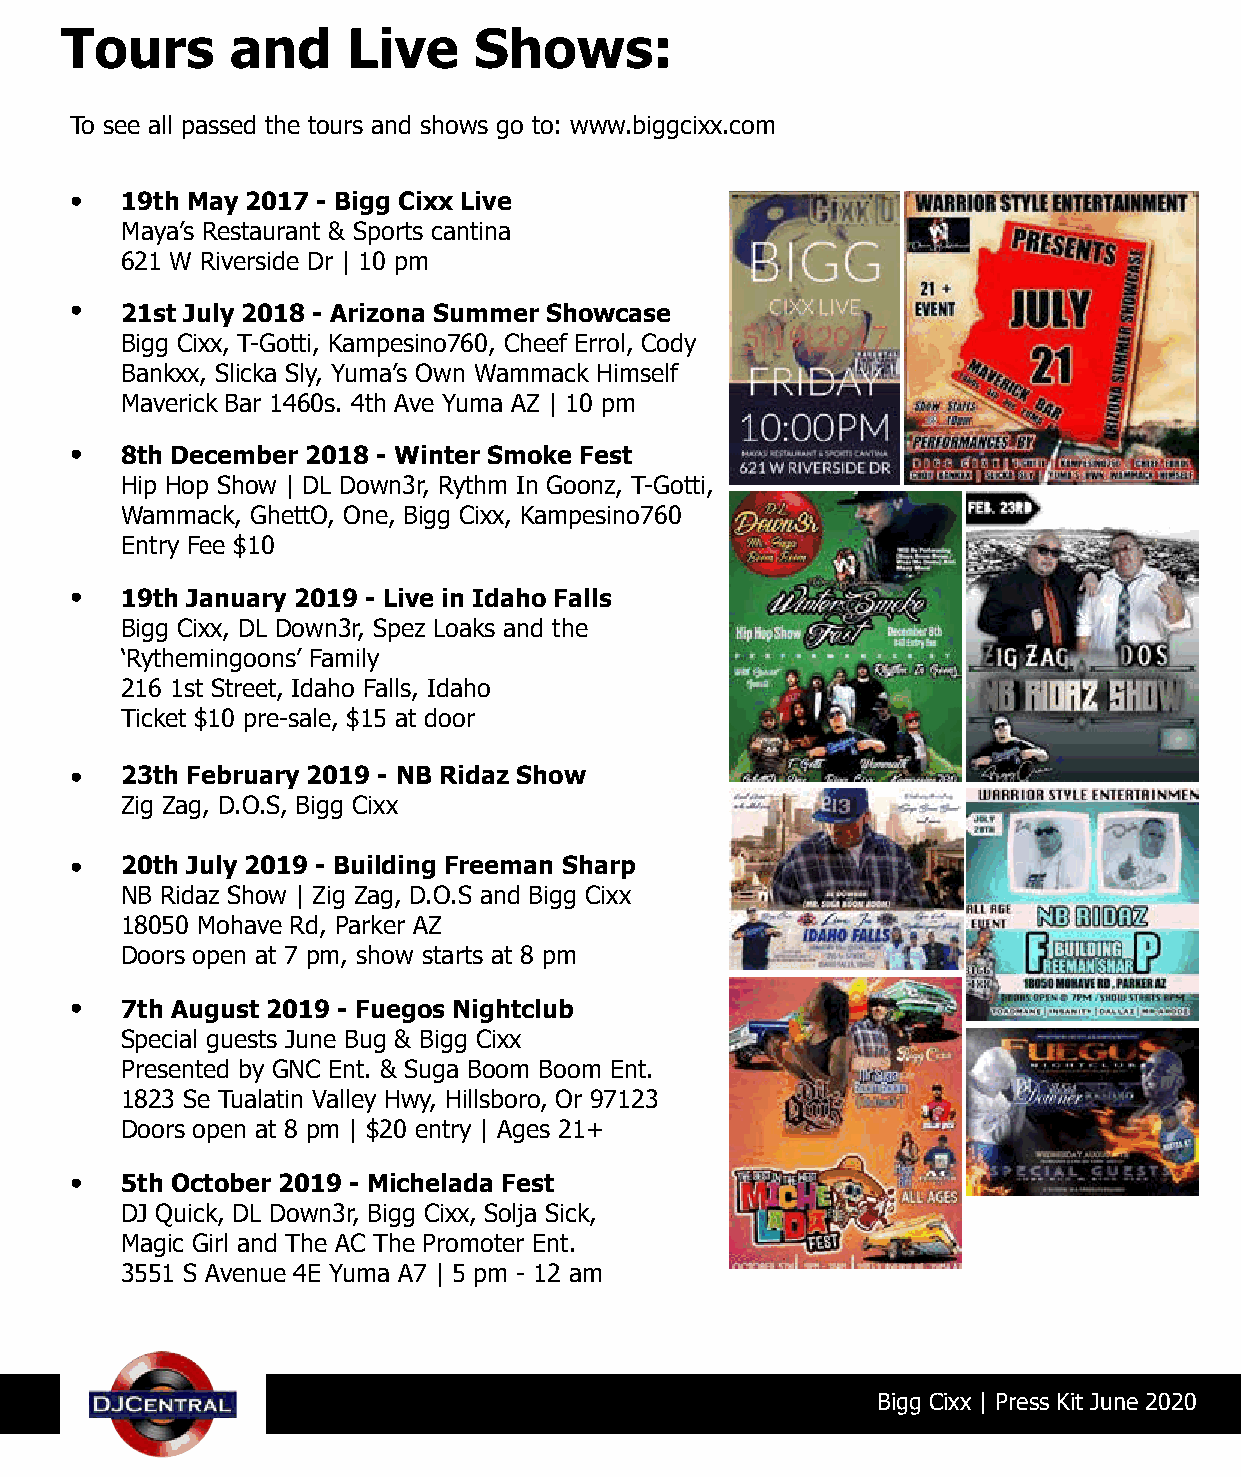
Tours      and     Live    Shows:
 To see all passed the tours and shows go to: www.biggcixx.com
 •  19th May 2017 - Bigg Cixx Live
 Maya’s Restaurant & Sports cantina
 621 W Riverside Dr | 10 pm
 •  21st July 2018 - Arizona Summer Showcase
 Bigg Cixx, T-Gotti, Kampesino760, Cheef Errol, Cody
 Bankxx, Slicka Sly, Yuma’s Own Wammack Himself
 Maverick Bar 1460s. 4th Ave Yuma AZ | 10 pm
 •  8th December 2018 - Winter Smoke Fest
 Hip Hop Show | DL Down3r, Rythm In Goonz, T-Gotti,
 Wammack, GhettO, One, Bigg Cixx, Kampesino760
 Entry Fee $10
 •  19th January 2019 - Live in Idaho Falls
 Bigg Cixx, DL Down3r, Spez Loaks and the
 ‘Rythemingoons’ Family
 216 1st Street, Idaho Falls, Idaho
 Ticket $10 pre-sale, $15 at door
 •  23th February 2019 - NB Ridaz Show
 Zig Zag, D.O.S, Bigg Cixx
 •  20th July 2019 - Building Freeman Sharp
 NB Ridaz Show | Zig Zag, D.O.S and Bigg Cixx
 18050 Mohave Rd, Parker AZ
 Doors open at 7 pm, show starts at 8 pm
 •  7th August 2019 - Fuegos Nightclub
 Special guests June Bug & Bigg Cixx
 Presented by GNC Ent. & Suga Boom Boom Ent.
 1823 Se Tualatin Valley Hwy, Hillsboro, Or 97123
 Doors open at 8 pm | $20 entry | Ages 21+
 •  5th October 2019 - Michelada Fest
 DJ Quick, DL Down3r, Bigg Cixx, Solja Sick,
 Magic Girl and The AC The Promoter Ent.
 3551 S Avenue 4E Yuma A7 | 5 pm - 12 am
 Bigg Cixx | Press Kit June 2020